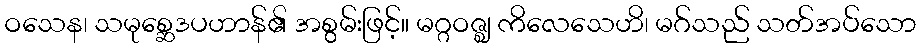
ဝသေန၊ သမုစ္ဆေဒပဟာန်၏ အစွမ်းဖြင့်။ မဂ္ဂဝဇ္ဈ ကိလေသေဟိ၊ မဂ်သည် သတ်အပ်သော